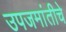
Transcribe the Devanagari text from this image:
उपजमांतीचे